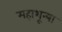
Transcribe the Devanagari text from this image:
महाशून्या